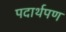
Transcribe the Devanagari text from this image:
पदार्थपण